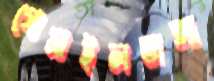
গোসাইলডাঙ্গা